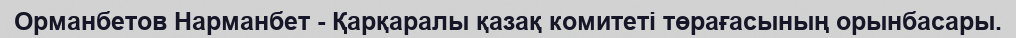
Орманбетов Нарманбет - Қарқаралы қазақ комитеті төрағасының орынбасары.